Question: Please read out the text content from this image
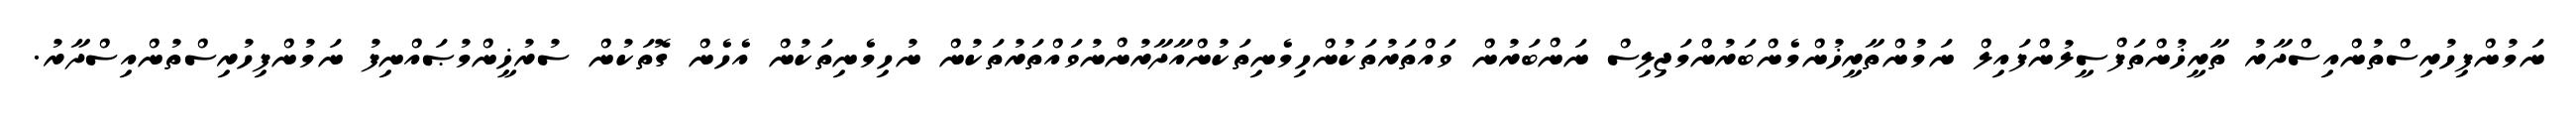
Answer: ނަމުންފިހުރިސްތުންއިސްދާރު ތާރީޚުންތަފްސީލުންފައިލް ނަމުންތާރީޚުންމެންބަރުންމަޖިލިސް ނަންބަރުން ވައްތަރުތަކުންހިމެނިތަކުންއާދާރުންނުވައްތަރުތަކުން ނުހިމެނިތަކުން އެހެން ގޮތަކުން ސުރުޚީންމުޞައްނިފު ނަމުންފިހުރިސްތުންއިސްދާރު.